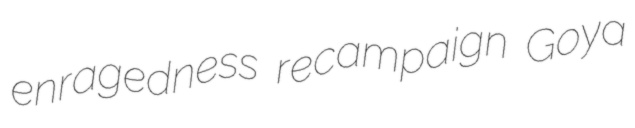
enragedness recampaign Goya